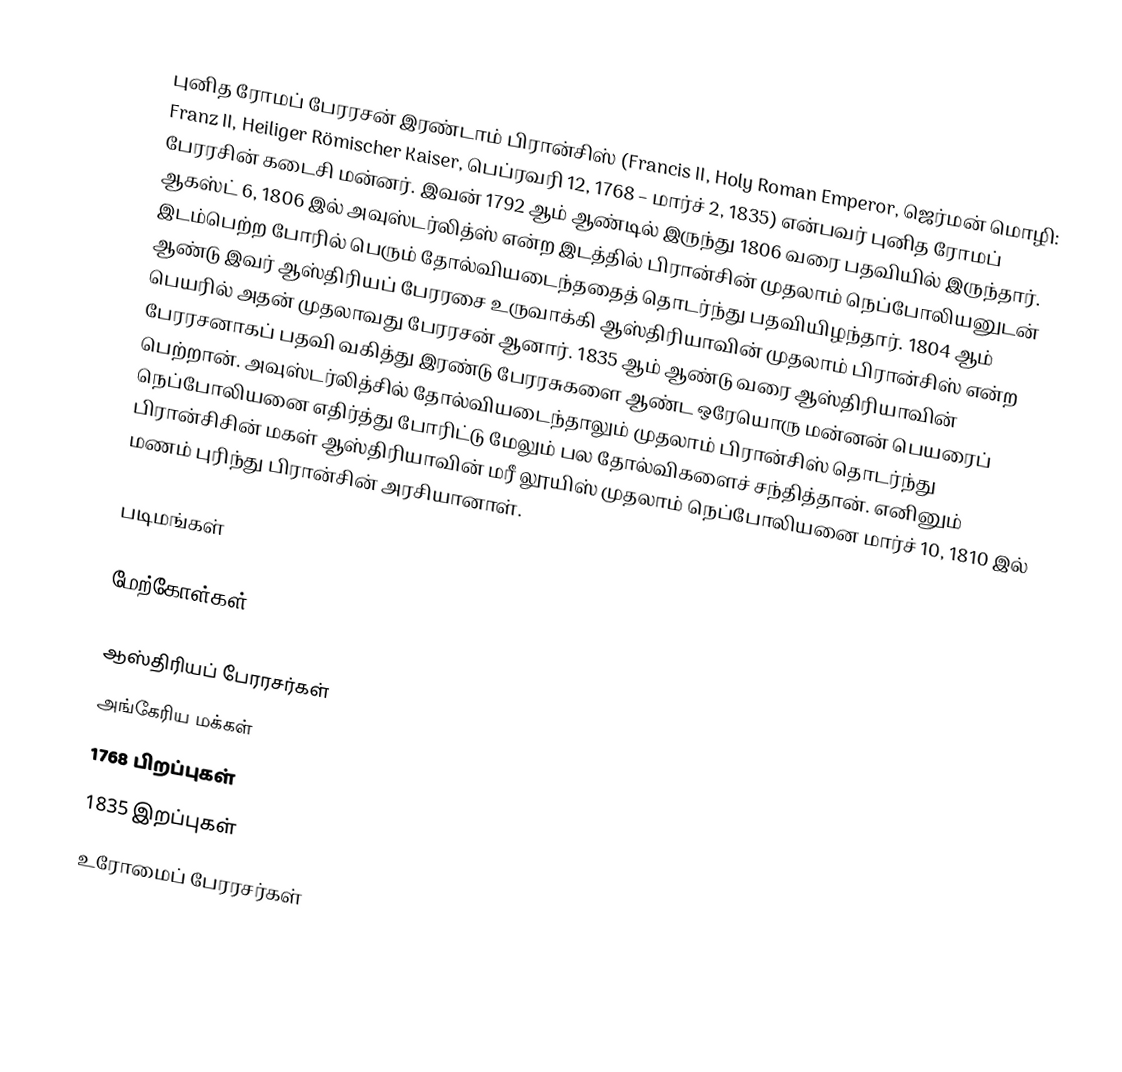
புனித ரோமப் பேரரசன் இரண்டாம் பிரான்சிஸ் (Francis II, Holy Roman Emperor, ஜெர்மன் மொழி: Franz II, Heiliger Römischer Kaiser, பெப்ரவரி 12, 1768 – மார்ச் 2, 1835) என்பவர் புனித ரோமப் பேரரசின் கடைசி மன்னர். இவன் 1792 ஆம் ஆண்டில் இருந்து 1806 வரை பதவியில் இருந்தார். ஆகஸ்ட் 6, 1806 இல் அவுஸ்டர்லித்ஸ் என்ற இடத்தில் பிரான்சின் முதலாம் நெப்போலியனுடன் இடம்பெற்ற போரில் பெரும் தோல்வியடைந்ததைத் தொடர்ந்து பதவியிழந்தார். 1804 ஆம் ஆண்டு இவர் ஆஸ்திரியப் பேரரசை உருவாக்கி ஆஸ்திரியாவின் முதலாம் பிரான்சிஸ் என்ற பெயரில் அதன் முதலாவது பேரரசன் ஆனார். 1835 ஆம் ஆண்டு வரை ஆஸ்திரியாவின் பேரரசனாகப் பதவி வகித்து இரண்டு பேரரசுகளை ஆண்ட ஒரேயொரு மன்னன் பெயரைப் பெற்றான். அவுஸ்டர்லித்சில் தோல்வியடைந்தாலும் முதலாம் பிரான்சிஸ் தொடர்ந்து நெப்போலியனை எதிர்த்து போரிட்டு மேலும் பல தோல்விகளைச் சந்தித்தான். எனினும் பிரான்சிசின் மகள் ஆஸ்திரியாவின் மரீ லூயிஸ் முதலாம் நெப்போலியனை மார்ச் 10, 1810 இல் மணம் புரிந்து பிரான்சின் அரசியானாள்.

படிமங்கள்

மேற்கோள்கள்

ஆஸ்திரியப் பேரரசர்கள்
அங்கேரிய மக்கள்
1768 பிறப்புகள்
1835 இறப்புகள்
உரோமைப் பேரரசர்கள்